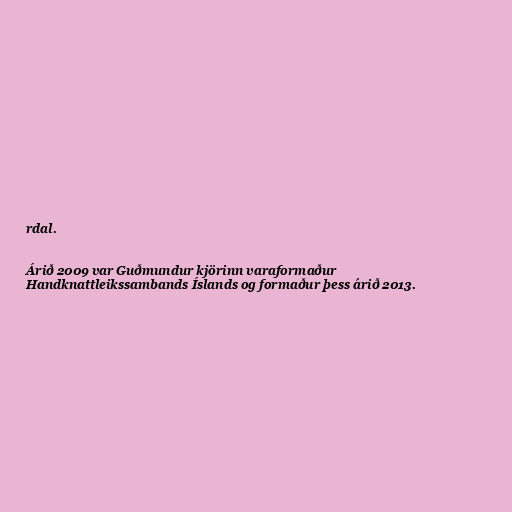
rdal.

Árið 2009 var Guðmundur kjörinn varaformaður
Handknattleikssambands Íslands og formaður þess árið 2013.